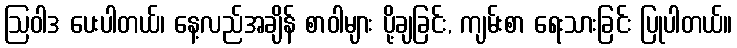
ဩဝါဒ ပေးပါတယ်၊ နေ့လည်အချိန် စာဝါများ ပို့ချခြင်း, ကျမ်းစာ ရေးသားခြင်း ပြုပါတယ်။